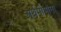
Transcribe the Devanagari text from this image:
अर्थमीमांसा